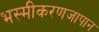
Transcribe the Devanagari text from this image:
भस्मीकरणजापान